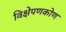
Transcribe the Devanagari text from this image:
विक्षेपणकोण